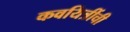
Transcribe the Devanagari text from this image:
कवयित्रींची